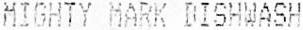
MIGHTY MARK DISHWASH